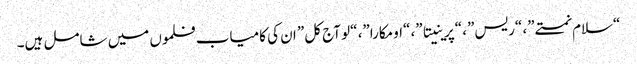
“سلام نمستے”، “ریس”، “پرینیتا”، “اومکارا”، “لو آج کل” ان کی کامیاب فلموں میں شامل ہیں۔